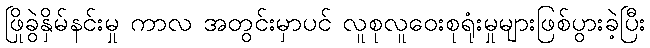
ဖြိုခွဲနှိမ်နင်းမှု ကာလ အတွင်းမှာပင် လူစုလူဝေးစုရုံးမှုများဖြစ်ပွားခဲ့ပြီး